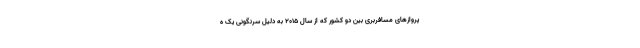
پروازهای مسافربری بین دو کشور که از سال ۲۰۱۵ به دلیل سرنگونی یک ه